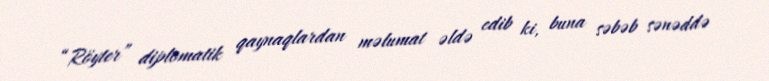
“Röyter” diplomatik qaynaqlardan məlumat əldə edib ki, buna səbəb sənəddə